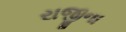
રાજીના